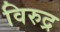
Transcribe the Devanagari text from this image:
विरुद्र